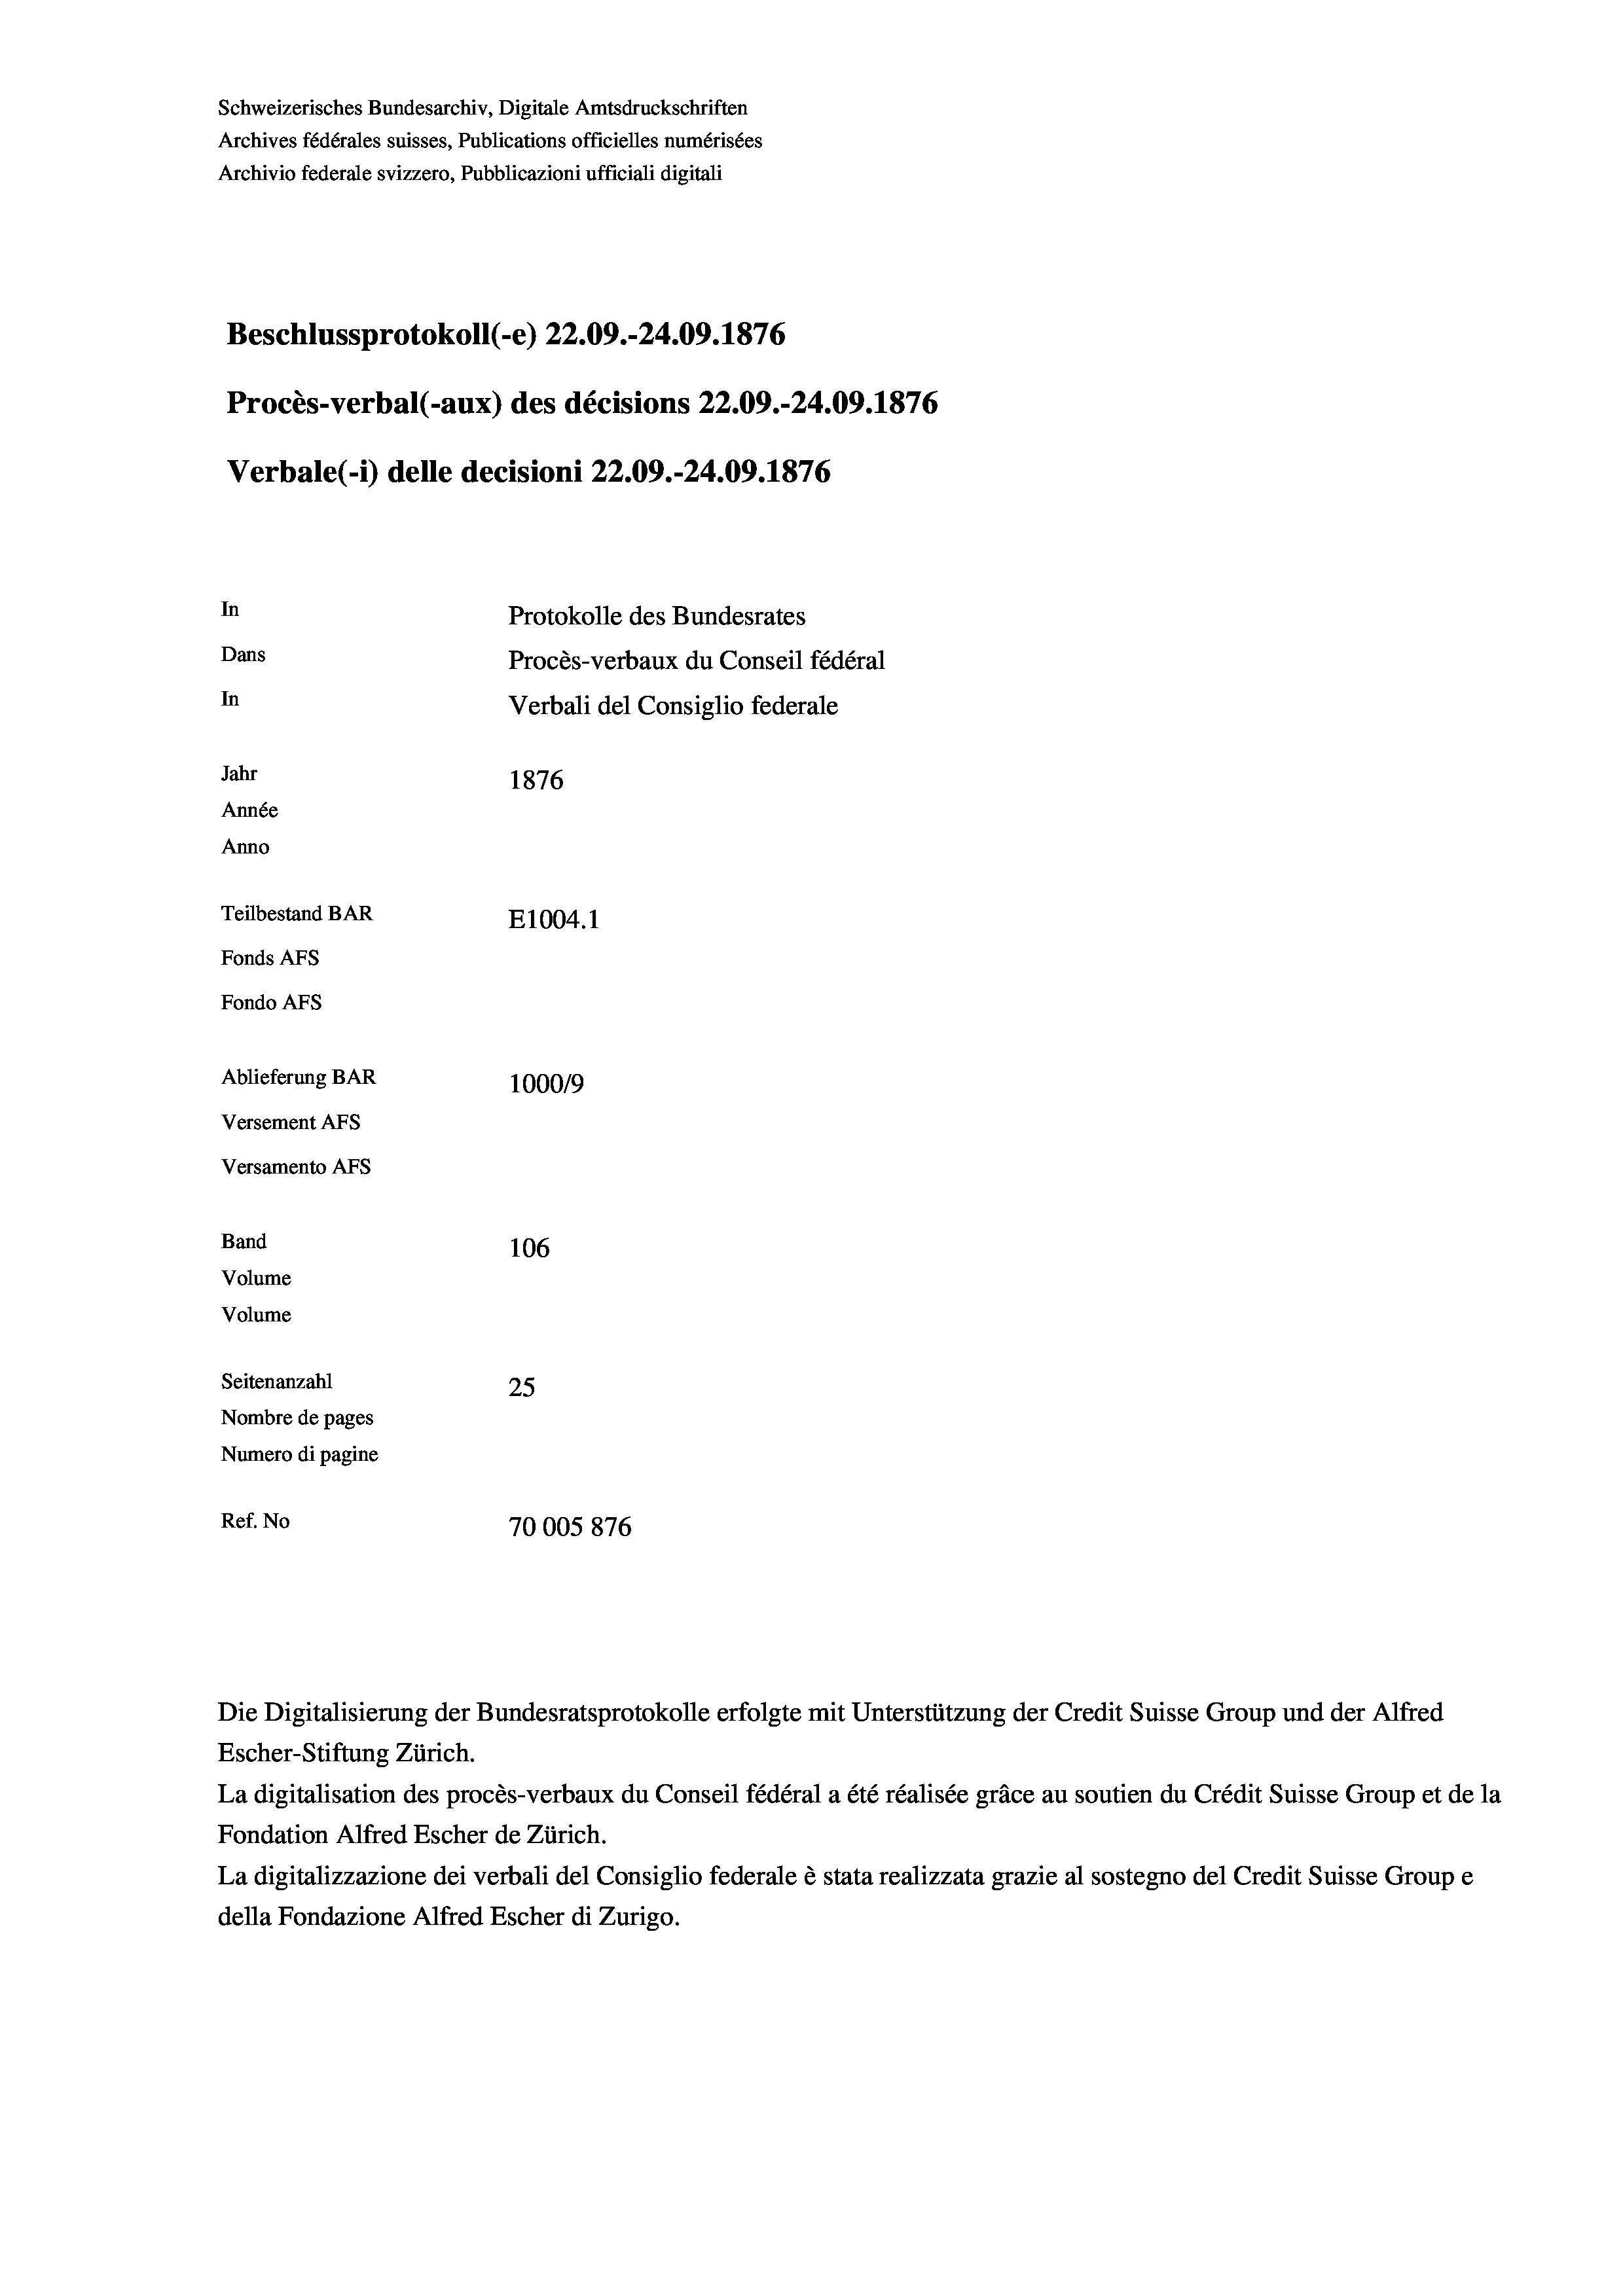
Schweizerisches Bundesarchiv, Digitale Amtsdruckschriften
Archives fédérales suisses, Publications officielles numérisées
Archivio federale svizzero, Pubblicazioni ufficiali digitali
Beschlussprotokoll (-e) 22.09.-24.09. 1876
Procès-verbal (-aux) des décisions 22.09.-24.09. 1876
Verbale(*) delle decisioni 22.09.-24.09. 1876
In
Protokolle des Bundesrates
Dans
Procès-verbaux du Conseil fédéral
In
Verbali del Consiglio federale
Jahr
1876
Année
Anno
Teilbestand BAR
E1004. 1
Fonds AFs
Fondo Afs
Ablieferung BAR
100019
Versement AFs
Versamento AFs
Band
106
Volume

Volume

Seitenanzahl
1
25
Nombre de pages
Numero di pagine
Ref. No
70005876

Die Digitalisierung der Bundesratsprotokolle erfolgte mit Unterstützung der Credit Suisse Group und der Alfred
Escher-Stiftung Zürich.
La digitalisation des procès-verbaux du Conseil fédéral a été réalisée gräce au soutien du Crédit Suisse Group et de la
Fondation Alfred Escher de Zürich.
La digitalizzazione dei verbali del Consiglio federale è stata realizzata grazie al sostegno del Credit Suisse Groupe
della Fondazione Alfred Escher di Zurigo.